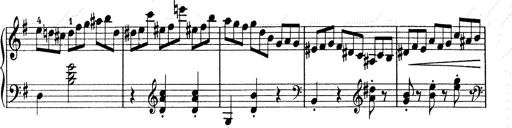
Title: 6 Polish Songs
Composer: Franz Liszt